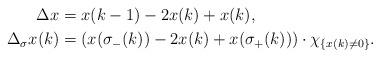
LaTeX: \begin{align*}\Delta x &= x(k-1) - 2x(k) + x(k), \\\Delta_\sigma x (k) &= \left( x(\sigma_-(k)) - 2x(k) + x(\sigma_+(k)) \right) \cdot \chi_{\{x(k) \neq 0 \}}.\end{align*}